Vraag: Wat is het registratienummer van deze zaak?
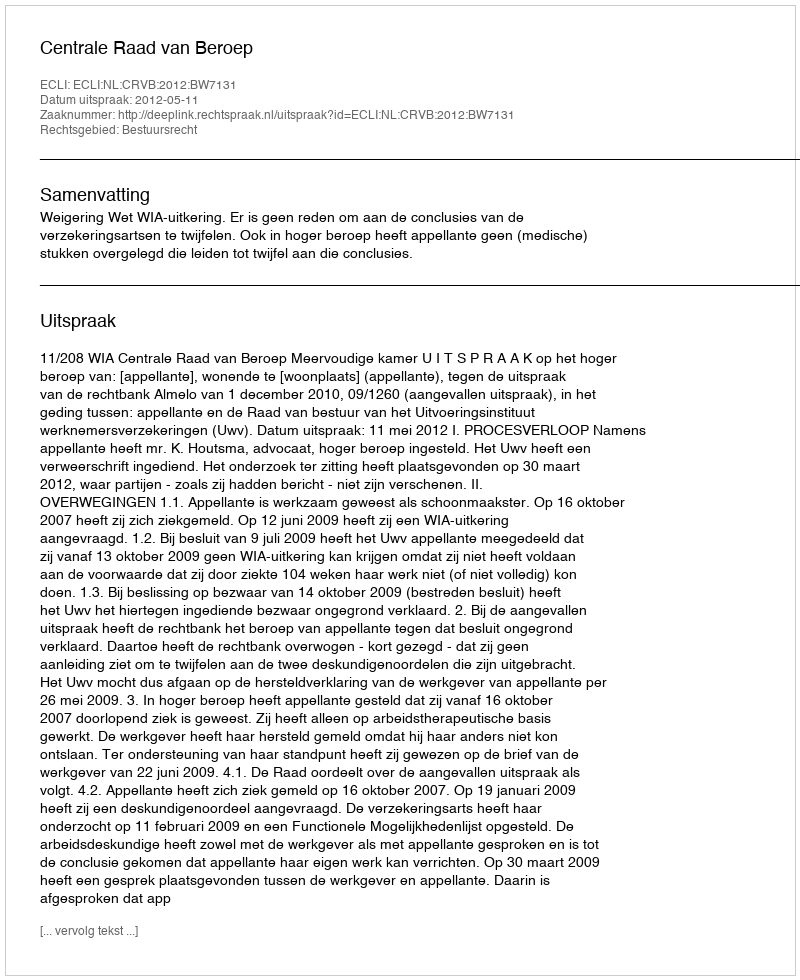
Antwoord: http://deeplink.rechtspraak.nl/uitspraak?id=ECLI:NL:CRVB:2012:BW7131